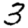
Digit: 3